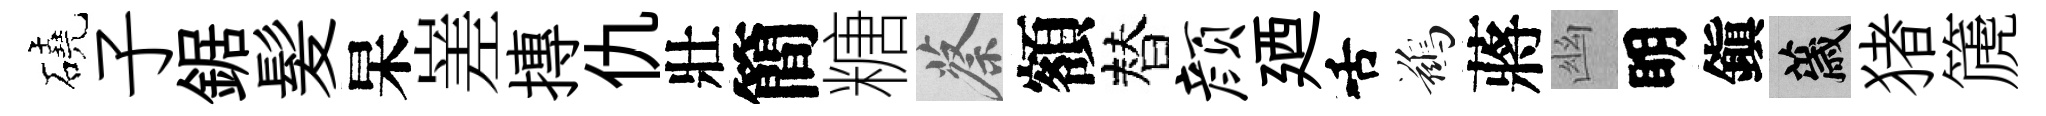
磽子鋸髪杲嵳摶仇壯簡糖蔡額替颜廼舌鷀蔣幽眀鎭薉猪篪